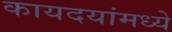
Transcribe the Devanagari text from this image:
कायदयांमध्ये